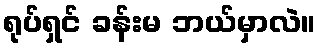
ရုပ်ရှင် ခန်းမ ဘယ်မှာလဲ။